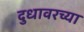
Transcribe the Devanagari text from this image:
दुधावरच्या